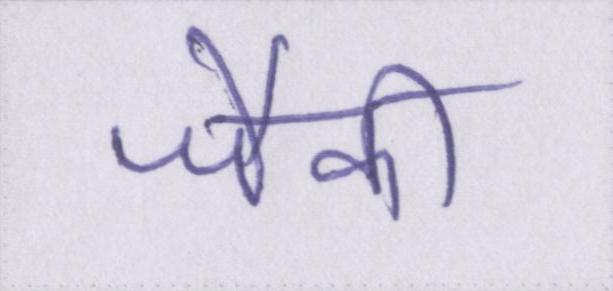
जैकी